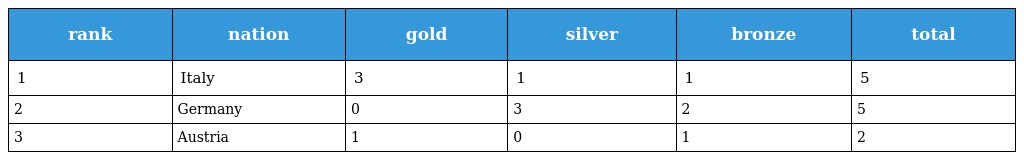
| rank | nation | gold | silver | bronze | total |
 | --- | --- | --- | --- | --- | --- |
 | 1 | Italy | 3 | 1 | 1 | 5 |
 | 2 | Germany | 0 | 3 | 2 | 5 |
 | 3 | Austria | 1 | 0 | 1 | 2 |